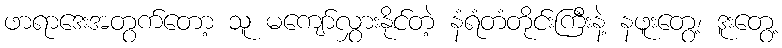
ဖာရာဒေးအတွက်တော့ သူ မကျော်လွှားနိုင်တဲ့ နံရံတံတိုင်းကြီးနဲ့ နဖူးတွေ့၊ ဒူးတွေ့